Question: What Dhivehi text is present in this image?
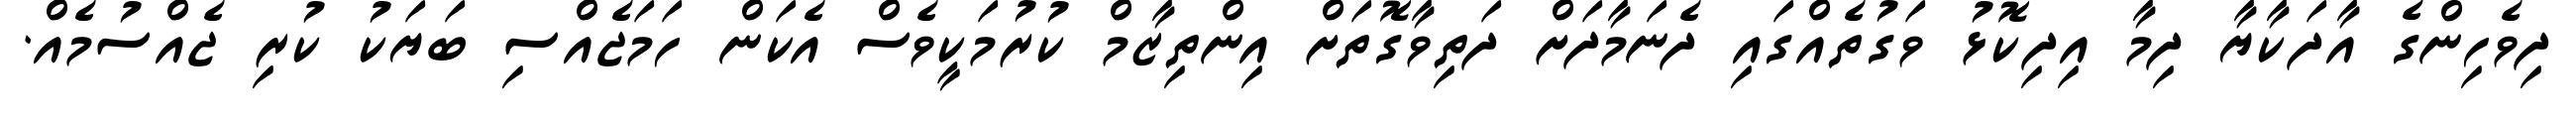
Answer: ދިވެހިންގެ އާދަކާޔާ ދިމާ އިދިކޮޅު ވަގުތެއްގައި ދެނަމާދަށް ދަތިވާގޮތަށް އިންތިޒާމް ކުރުމަކީވެސް އެކަން ހަމަޖެއްސި ބަޔަކު ކުރި ޖެއްސުމެއް.